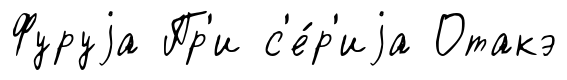
Фуруjа Пр'и с'е́р'иjа Отакэ